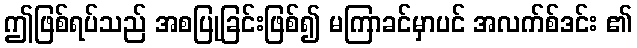
ဤဖြစ်ရပ်သည် အစပြုခြင်းဖြစ်၍ မကြာခင်မှာပင် အလက်စ်ဒင်း ၏